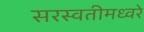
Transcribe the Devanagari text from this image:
सरस्वतीमध्वरे